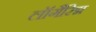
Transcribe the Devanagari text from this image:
लॉगैरिद्म